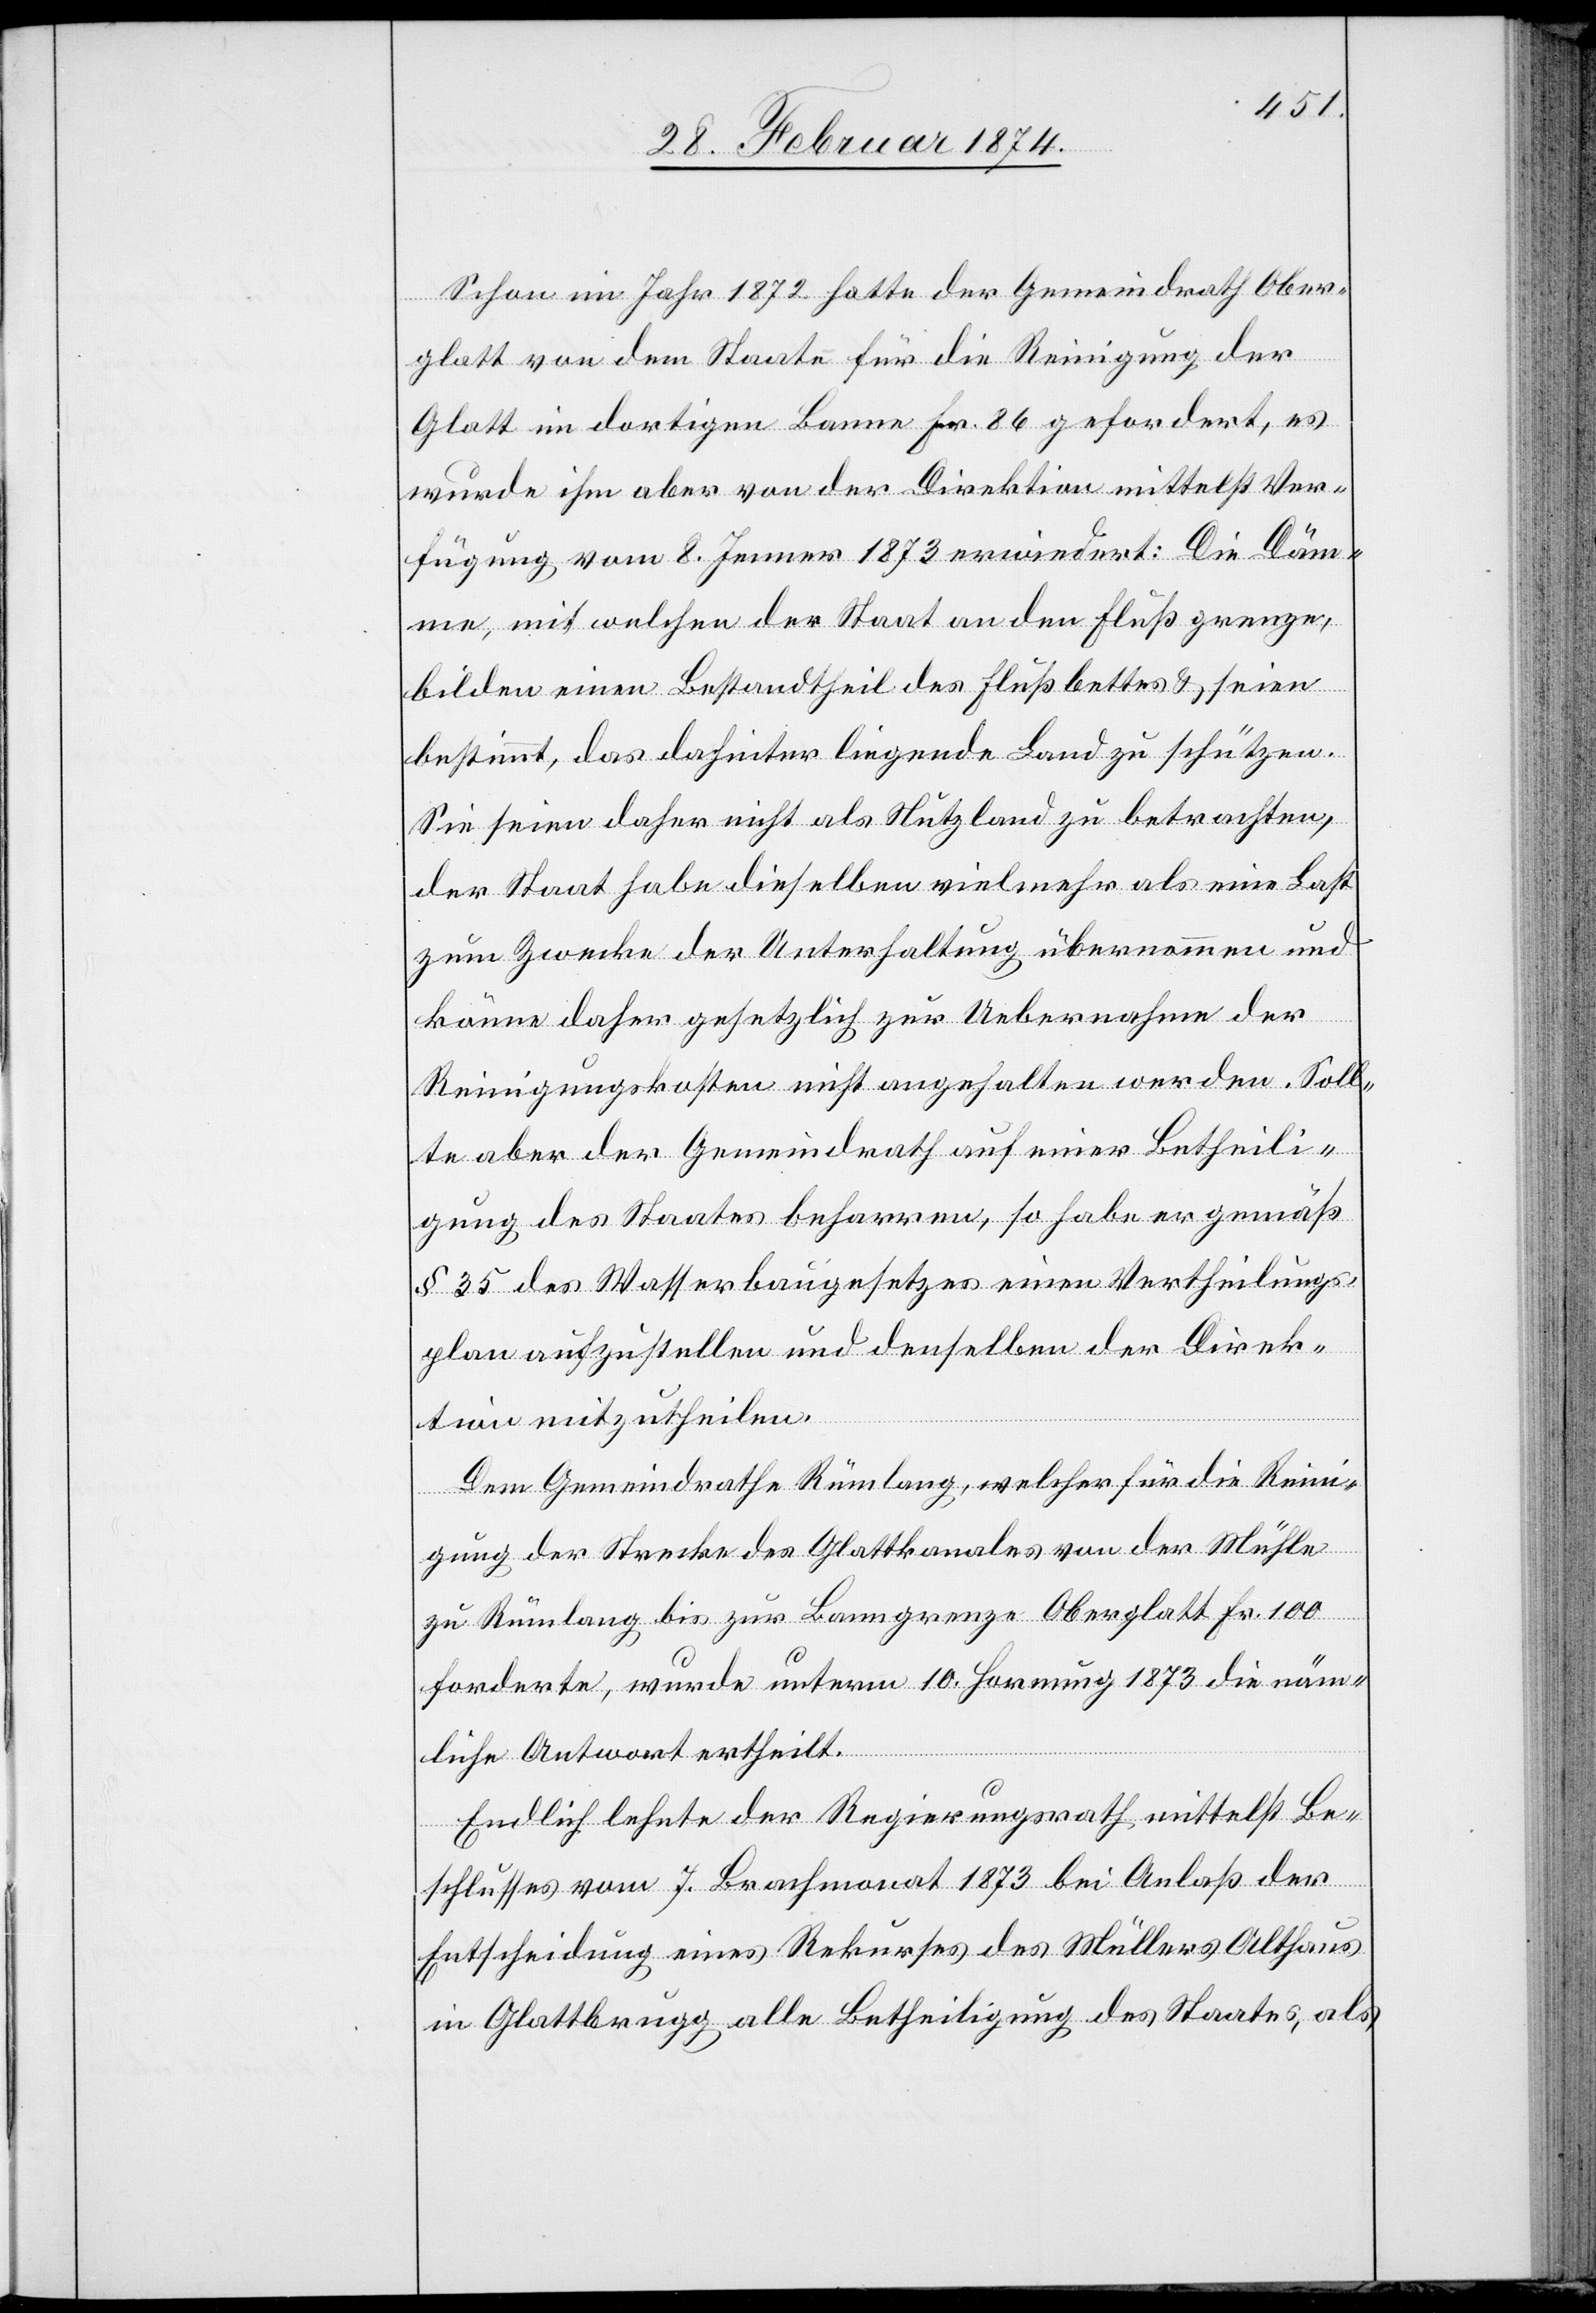
Schon im Jahr 1872 hatte der Gemeindrath Ober¬
glatt von dem Staate für die Reinigung der
Glatt im dortigen Banne Fr. 86 gefordert, es
wurde ihm aber von der Direktion mittelst Ver¬
fügung vom 8. Jenner 1873 erwiedert: Die Däm¬
me, mit welchen der Staat an den Fluß grenze,
bilden einen Bestandtheil des Flußbettes u. seien
bestimmt, das dahinter liegende Land zu schützen.
Sie seien daher nicht als Nutzland zu betrachten,
der Staat habe dieselben vielmehr als eine Last
zum Zwecke der Unterhaltung übernommen und
könne daher gesetzlich zur Uebernahme der
Reinigungskosten nicht angehalten werden. Soll¬
te aber der Gemeindrath auf einer Betheili¬
gung des Staates beharren, so habe er gemäß
§ 35 des Wasserbaugesetzes einen Vertheilungs¬
plan aufzustellen und denselben der Direk¬
tion mitzutheilen.
Dem Gemeindrathe Rümlang, welcher für die Reini¬
gung der Strecke des Glattkanales von der Mühle
zu Rümlang bis zur Banngrenze Oberglatt Fr. 100
forderte, wurde unterm 10. Hornung 1873 die näm¬
liche Antwort ertheilt.
Endlich lehnte der Regierungsrath mittelst Be¬
schlusses vom 7. Brachmonat 1873 bei Anlaß der
Entscheidung eines Rekurses des Müllers Althaus
in Glattbrugg alle Betheiligung des Staates, als